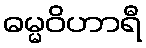
ဓမ္မဝိဟာရီ